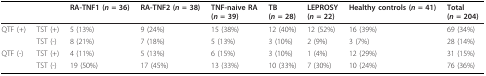
<table><thead><tr><td></td><td></td><td><b>RA-TNF1 (<i>n </i>= 36)</b></td><td><b>RA-TNF2 (<i>n </i>= 38)</b></td><td><b>TNF-naive RA(<i>n </i>= 39)</b></td><td><b>TB(<i>n </i>= 28)</b></td><td><b>LEPROSY(<i>n </i>= 22)</b></td><td><b>Healthy controls (<i>n </i>= 41)</b></td><td><b>Total(<i>n </i>= 204)</b></td></tr></thead><tbody><tr><td>QTF (+)</td><td>TST (+)</td><td>5 (13%)</td><td>9 (24%)</td><td>15 (38%)</td><td>12 (40%)</td><td>12 (52%)</td><td>16 (39%)</td><td>69 (34%)</td></tr><tr><td></td><td>TST (-)</td><td>8 (21%)</td><td>7 (18%)</td><td>5 (13%)</td><td>3 (10%)</td><td>2 (9%)</td><td>3 (7%)</td><td>28 (14%)</td></tr><tr><td>QTF (-)</td><td>TST (+)</td><td>4 (11%)</td><td>5 (13%)</td><td>6 (15%)</td><td>3 (10%)</td><td>1 (4%)</td><td>12 (29%)</td><td>31 (15%)</td></tr><tr><td></td><td>TST (-)</td><td>19 (50%)</td><td>17 (45%)</td><td>13 (33%)</td><td>10 (33%)</td><td>7 (30%)</td><td>10 (24%)</td><td>76 (36%)</td></tr></tbody></table>